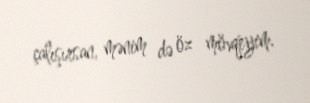
çalışırsan, mənim də öz mövqeyim.